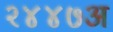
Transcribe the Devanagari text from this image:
२४४७अ